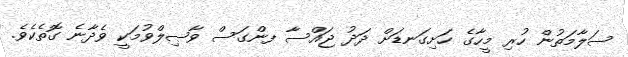
ސަލާމަތުން ހުރި މީހާގެ ހަށިގަނޑަށް ދަދު ޖައްސާ ފންގަސް ވާޞިލްވުމަކީ ވެދާނެ ގޮތެކެވެ.